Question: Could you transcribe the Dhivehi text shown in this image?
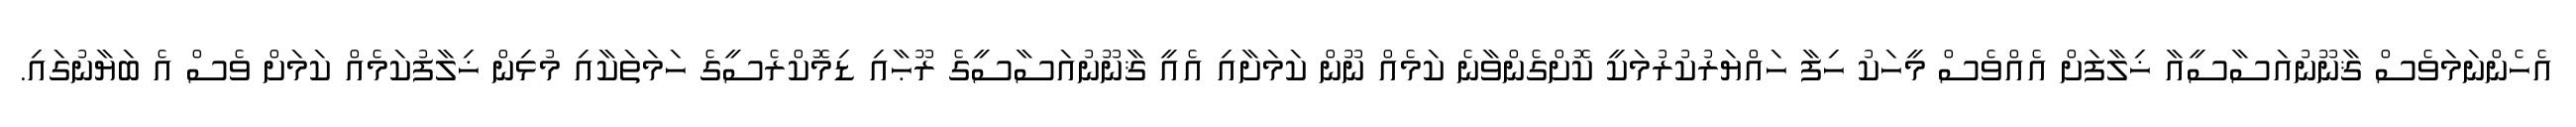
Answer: އެހެންނަމަވެސް ޤާނޫނުއަސާސީއާ ޚިލާފަށް އެއްވެސް މީހަކު ހިފާ ހައްޔަރުކުރުމަކީ ކޮށްގެންވާނެ ކަމެއް ނޫން ކަމަށާއި އެއީ ޤާނޫނުއަސާސީގެ ރޫޙާއި ޑިމޮކްރެސީގެ ހަމަތަކާއި މުޅިން ޚިލާފުކަމެއް ކަމަށް ވެސް އެ ބަޔާނުގައި.